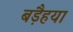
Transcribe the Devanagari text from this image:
बड़ैहया